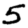
Digit: 5